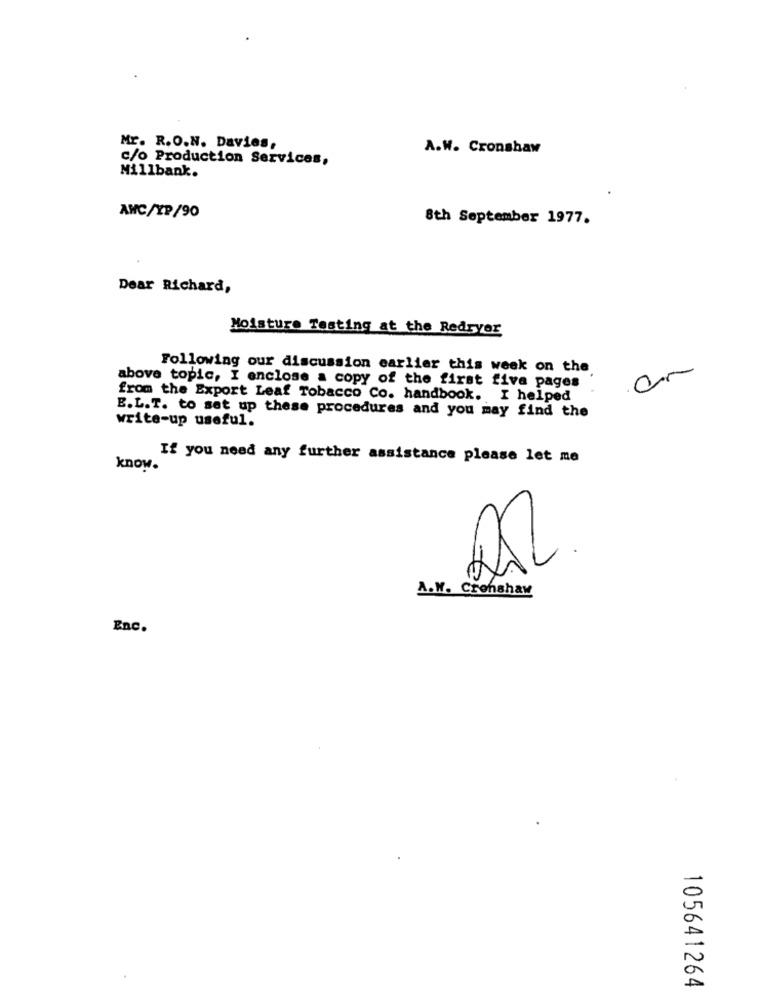
Mr. R.O.N. Davies,
A.W. Cronshaw
c/o Production Services,
Nillbank.
AWC/YP/90
8th September 1977.
Dear Richard,
Moisture Testing at the Redryer
Following our discussion earlier this week on the
above topic, I enclose a copy of the first five pages
from the Export Leaf Tobacco Co. handbook. I helped
E.L.T. to set up these procedures and you may find the
write-up useful.
If you need any further assistance please let me
know.
A.K. Crenshaw
Enc.
105641264